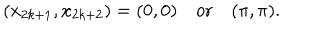
LaTeX: ( x _ { 2 k + 1 } , x _ { 2 k + 2 } ) = ( 0 , 0 ) \quad \mathrm { o r } \quad ( \pi , \pi ) .